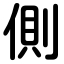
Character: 側